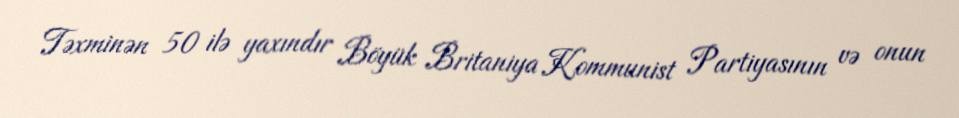
Təxminən 50 ilə yaxındır Böyük Britaniya Kommunist Partiyasının və onun